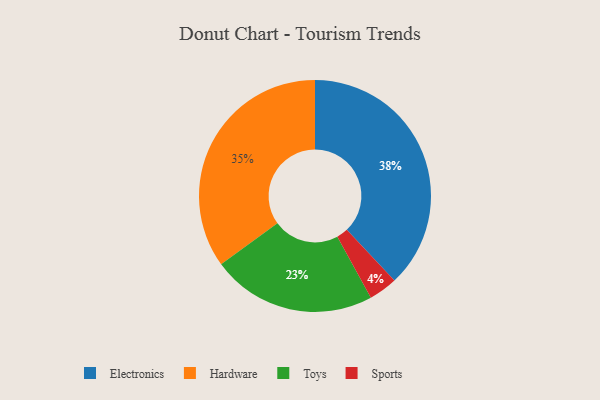
{"axis": {"x": "Category", "y": "Percentage"}, "legend": ["Electronics", "Hardware", "Sports", "Toys"], "data": [{"x": "Hardware", "y": 35, "type": "Hardware"}, {"x": "Sports", "y": 4, "type": "Sports"}, {"x": "Electronics", "y": 38, "type": "Electronics"}, {"x": "Toys", "y": 23, "type": "Toys"}]}